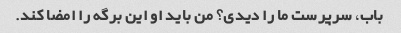
باب، سرپرست ما را دیدی؟ من باید او این برگه را امضا کند.